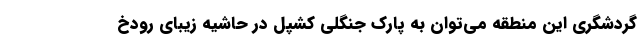
گردشگری این منطقه می‌­توان به پارک جنگلی کشپل در حاشیه زیبای رودخ